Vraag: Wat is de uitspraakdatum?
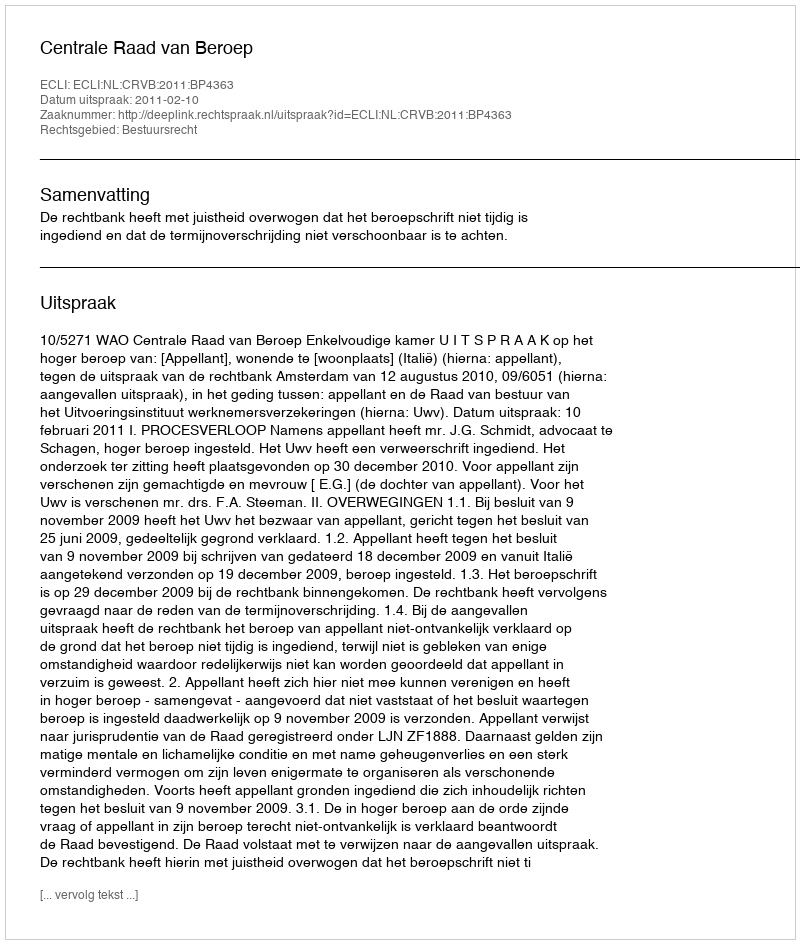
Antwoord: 2011-02-10